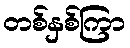
တစ်နှစ်ကြာ